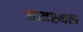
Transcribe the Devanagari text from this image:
घावस्थल